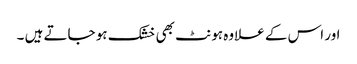
اور اس کے علاوہ ہونٹ بھی خشک ہو جاتے ہیں ۔